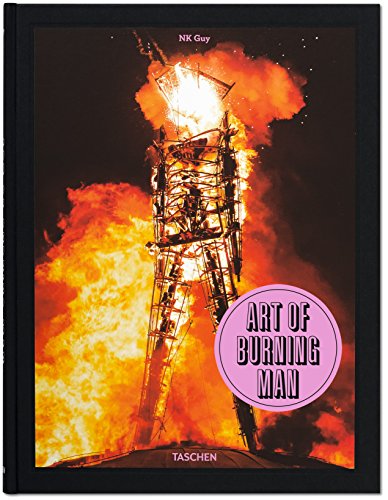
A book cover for NK Guy: Art of Burning Man; NK Guy; Arts & Photography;